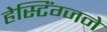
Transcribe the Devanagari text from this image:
हेस्टिंग्जने